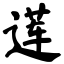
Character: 莲